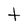
Character: t